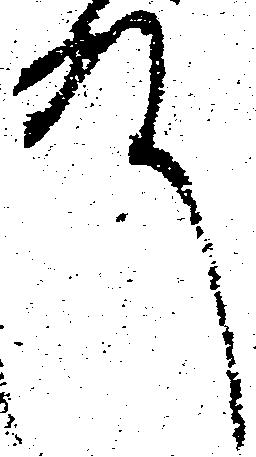
殿